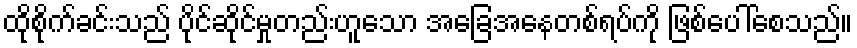
ထိုစိုက်ခင်းသည် ပိုင်ဆိုင်မှုတည်းဟူသော အခြေအနေတစ်ရပ်ကို ဖြစ်ပေါ်စေသည်။